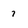
Character: 7